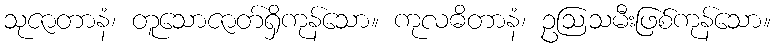
သုဇာတာနံ၊ တူသောဇာတ်ရှိကုန်သော။ ကုလဓိတာနံ၊ ဥဩသမီးဖြစ်ကုန်သော။